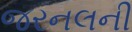
જરનલની